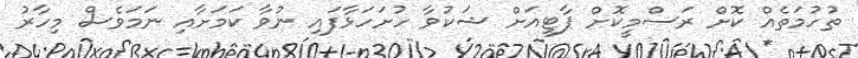
ތުހުމަތެއް ކޮށް ރަސްމީކޮށް ޕާޓީއަށް ޝަކުވާ ހުށަހަޅާފައި ނުވާ ކަމަށާއި ނަމަވެސް މިހާރު